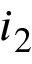
i _ { 2 }